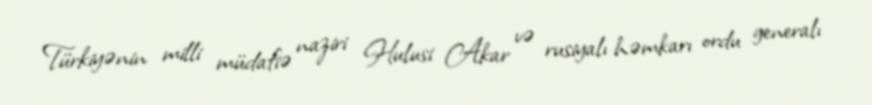
Türkiyənin milli müdafiə naziri Hulusi Akar və rusiyalı həmkarı ordu generalı